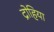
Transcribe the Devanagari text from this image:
द्रोहिया